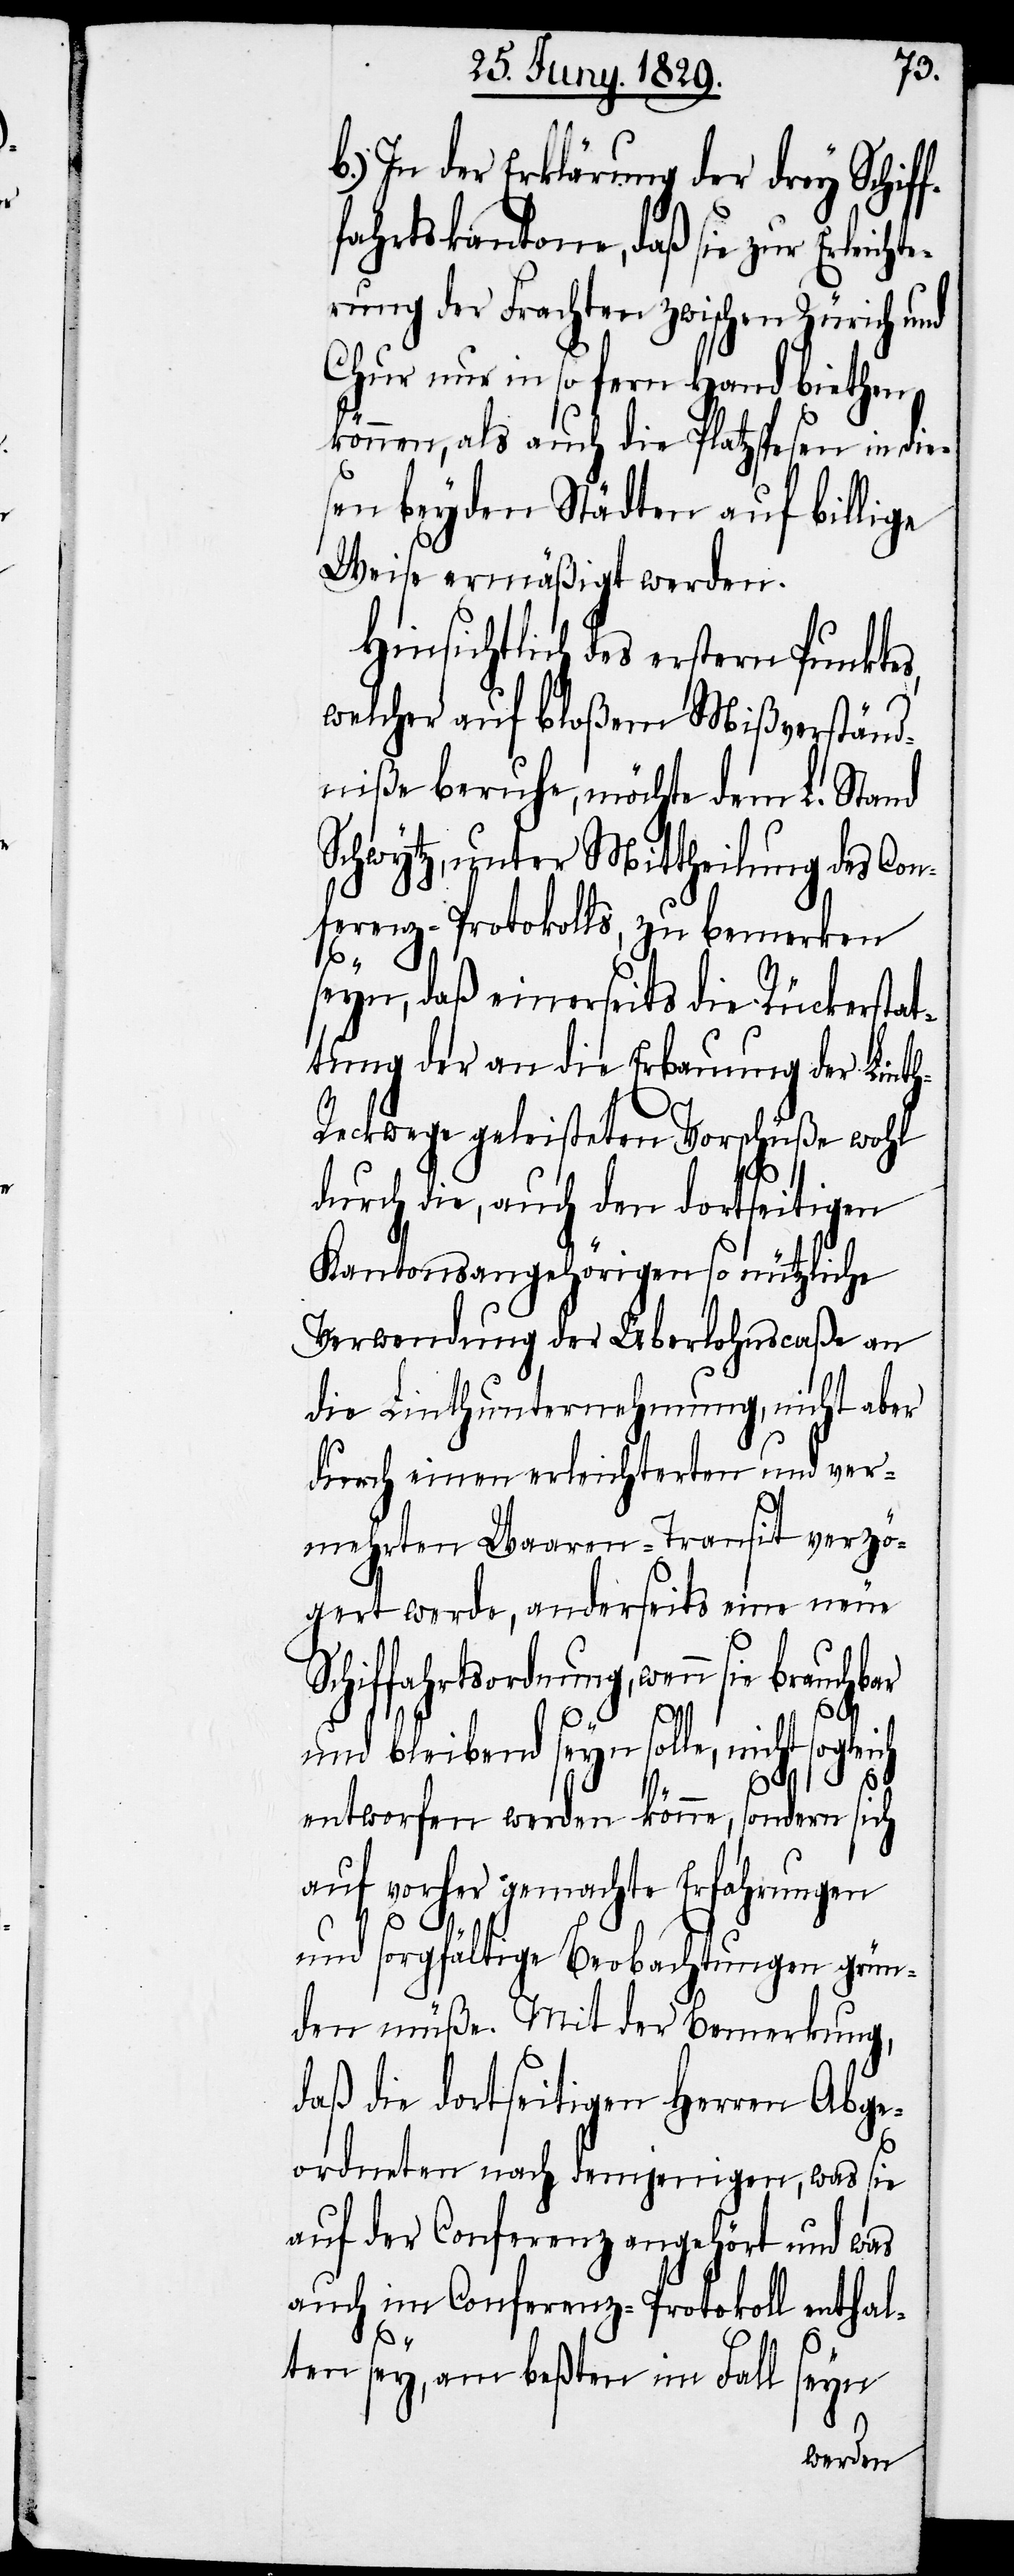
b.) In der Erklärung der drey Schiff¬
fahrtskantone, daß sie zur Erleich¬
rung der Frachten zwischen Zürich und
Chur nur in so fern Hand biethen
können, als auch die Platzspesen in die¬
sen beyden Städten auf billige
Weise ermäßigt werden.
Hinsichtlich des erstern Punktes,
welcher auf bloßem Mißverständ¬
niße beruhe, möchte dem L. Stand
Schwytz, unter Mittheilung des Con¬
ferenz-Protokolls, zu bemerken
te¬
seyn, daß einerseits die Rückerstat¬
tung der an die Erbauung der Lint¬
h-Reckwege geleisteten Vorschüße wohl
durch die, auch den dortseitigen
Kantonsangehörigen so nützliche
Verwendung der Überlohnscaße an
die Linthunternehmung, nicht aber
durch einen erleichterten und ver¬
mehrten Waaren-Transit verzö¬
gert werde, anderseits eine neue
Schiffahrtsordnung, wenn sie brauchb¬
ar
und bleibend seyn solle, nicht sogleich
entworfen werden könne, sondern sich
auf vorher gemachte Erfahrungen
und sorgfältige Beobachtungen grün¬
den müße. Mit der Bemerkung,
daß die dortseitigen Herren Abgeo¬
rdneten nach demjenigen, was sie
auf der Conferenz angehört und was
auch im Conferenz-Protokoll enthal¬
ten sey, am beßten im Fall
seyn